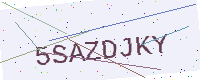
Text: 5SAZDJKY